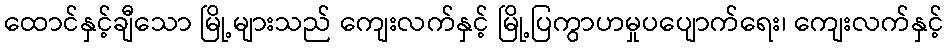
ထောင်နှင့်ချီသော မြို့များသည် ကျေးလက်နှင့် မြို့ပြကွာဟမှုပပျောက်ရေး၊ ကျေးလက်နှင့်